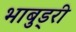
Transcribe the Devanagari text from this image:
भाबुड्री